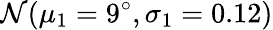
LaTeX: \mathcal{N}(\mu_{1}=9^{\circ},\sigma_{1}=0.12)